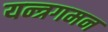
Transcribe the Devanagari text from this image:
यन्त्रगमन